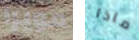
مويرا ماذا